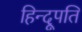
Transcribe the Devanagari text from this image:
हिन्दूपति